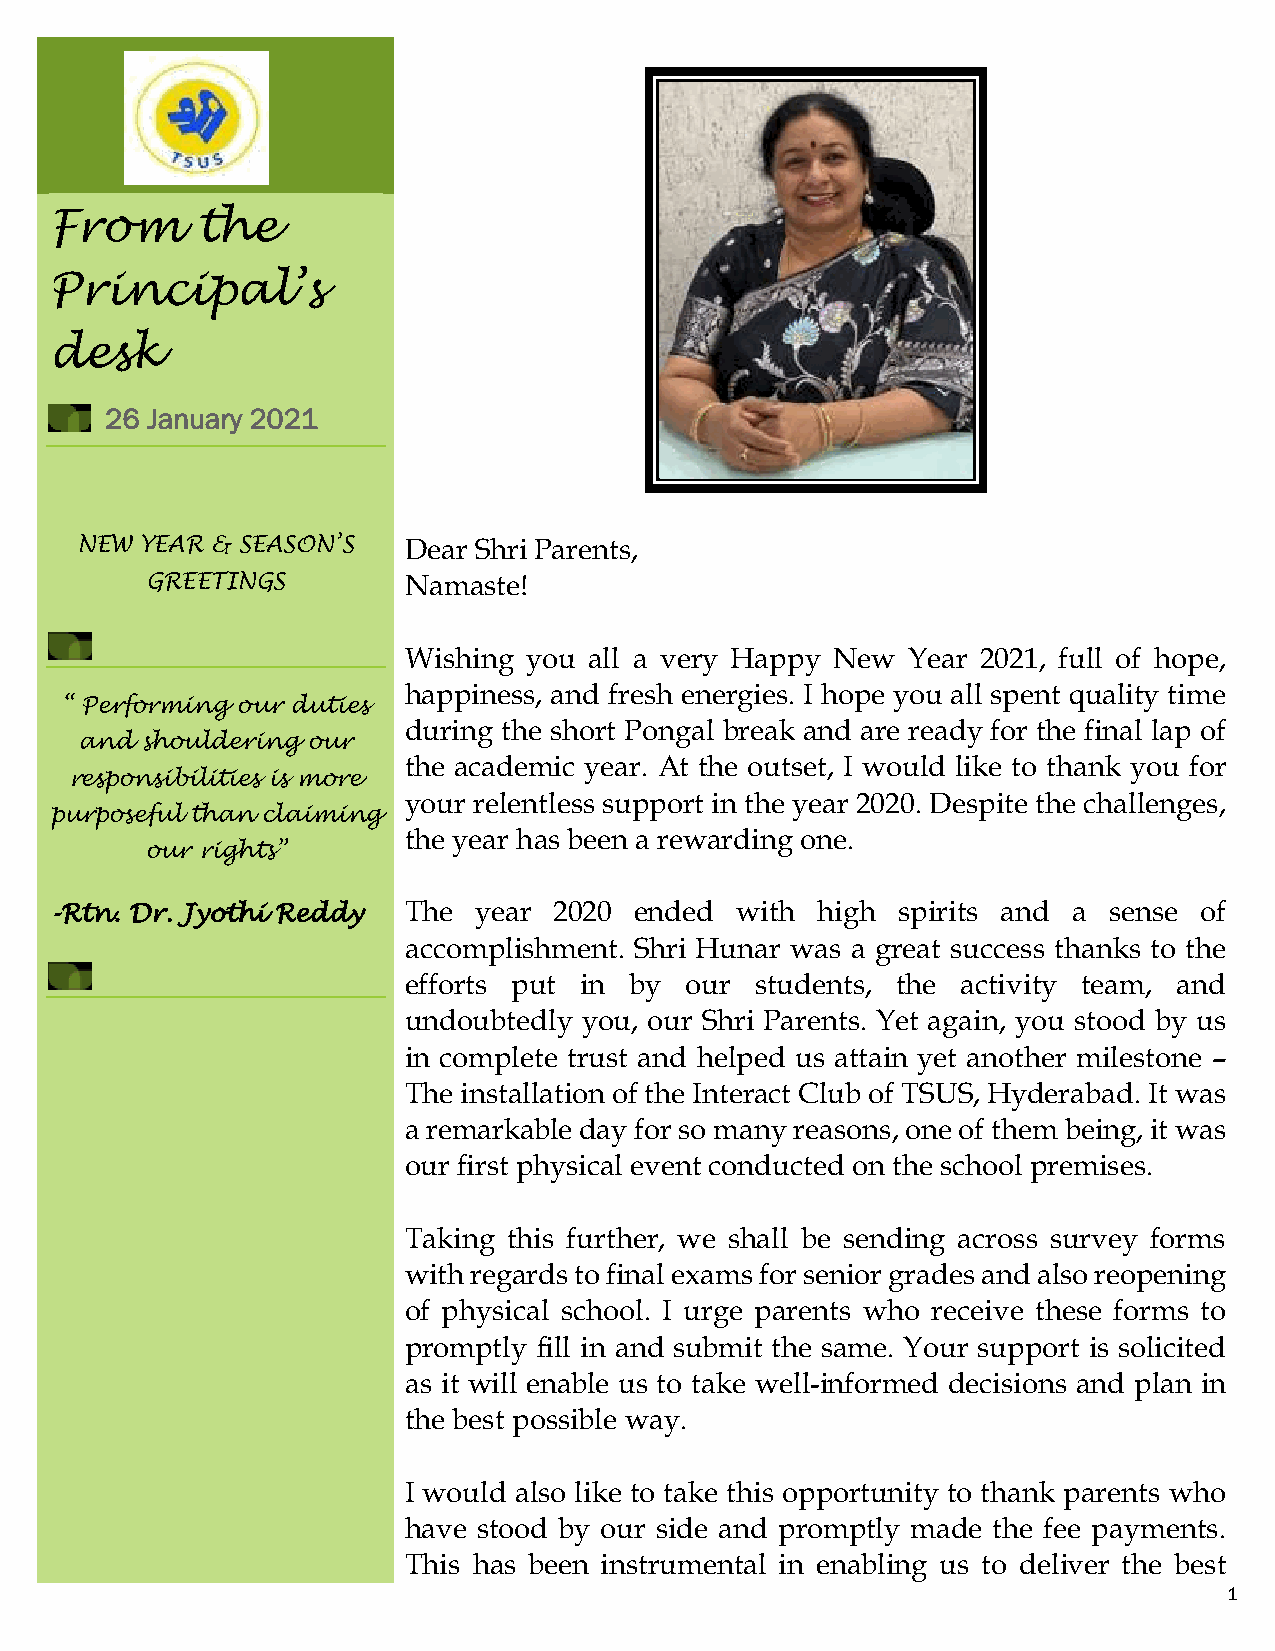
From      the
 Principal’s
 desk
 26 January 2021
 NEW YEAR & SEASON’S   Dear Shri Parents,
 GREETINGS        Namaste!
 Wishing you all a very Happy New Year 2021, full of hope,
 happiness, and fresh energies. I hope you all spent quality time
 “ Performing our duties
 during the short Pongal break and are ready for the final lap of
 and shouldering our
 the academic year. At the outset, I would like to thank you for
 responsibilities is more
 your relentless support in the year 2020. Despite the challenges,
 purposeful than claiming
 the year has been a rewarding one.
 our rights”
 -Rtn. Dr. Jyothi Reddy  The  year 2020 ended  with high  spirits and a sense of
 accomplishment. Shri Hunar was a great success thanks to the
 efforts put in by our  students, the activity team, and
 undoubtedly you, our Shri Parents. Yet again, you stood by us
 in complete trust and helped us attain yet another milestone –
 The installation of the Interact Club of TSUS, Hyderabad. It was
 a remarkable day for so many reasons, one of them being, it was
 our first physical event conducted on the school premises.
 Taking this further, we shall be sending across survey forms
 with regards to final exams for senior grades and also reopening
 of physical school. I urge parents who receive these forms to
 promptly fill in and submit the same. Your support is solicited
 as it will enable us to take well-informed decisions and plan in
 the best possible way.
 I would also like to take this opportunity to thank parents who
 have stood by our side and promptly made the fee payments.
 This has been instrumental in enabling us to deliver the best
 1